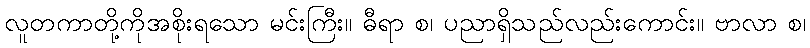
လူတကာတို့ကိုအစိုးရသော မင်းကြီး။ ဓီရာ စ၊ ပညာရှိသည်လည်းကောင်း။ ဗာလာ စ၊